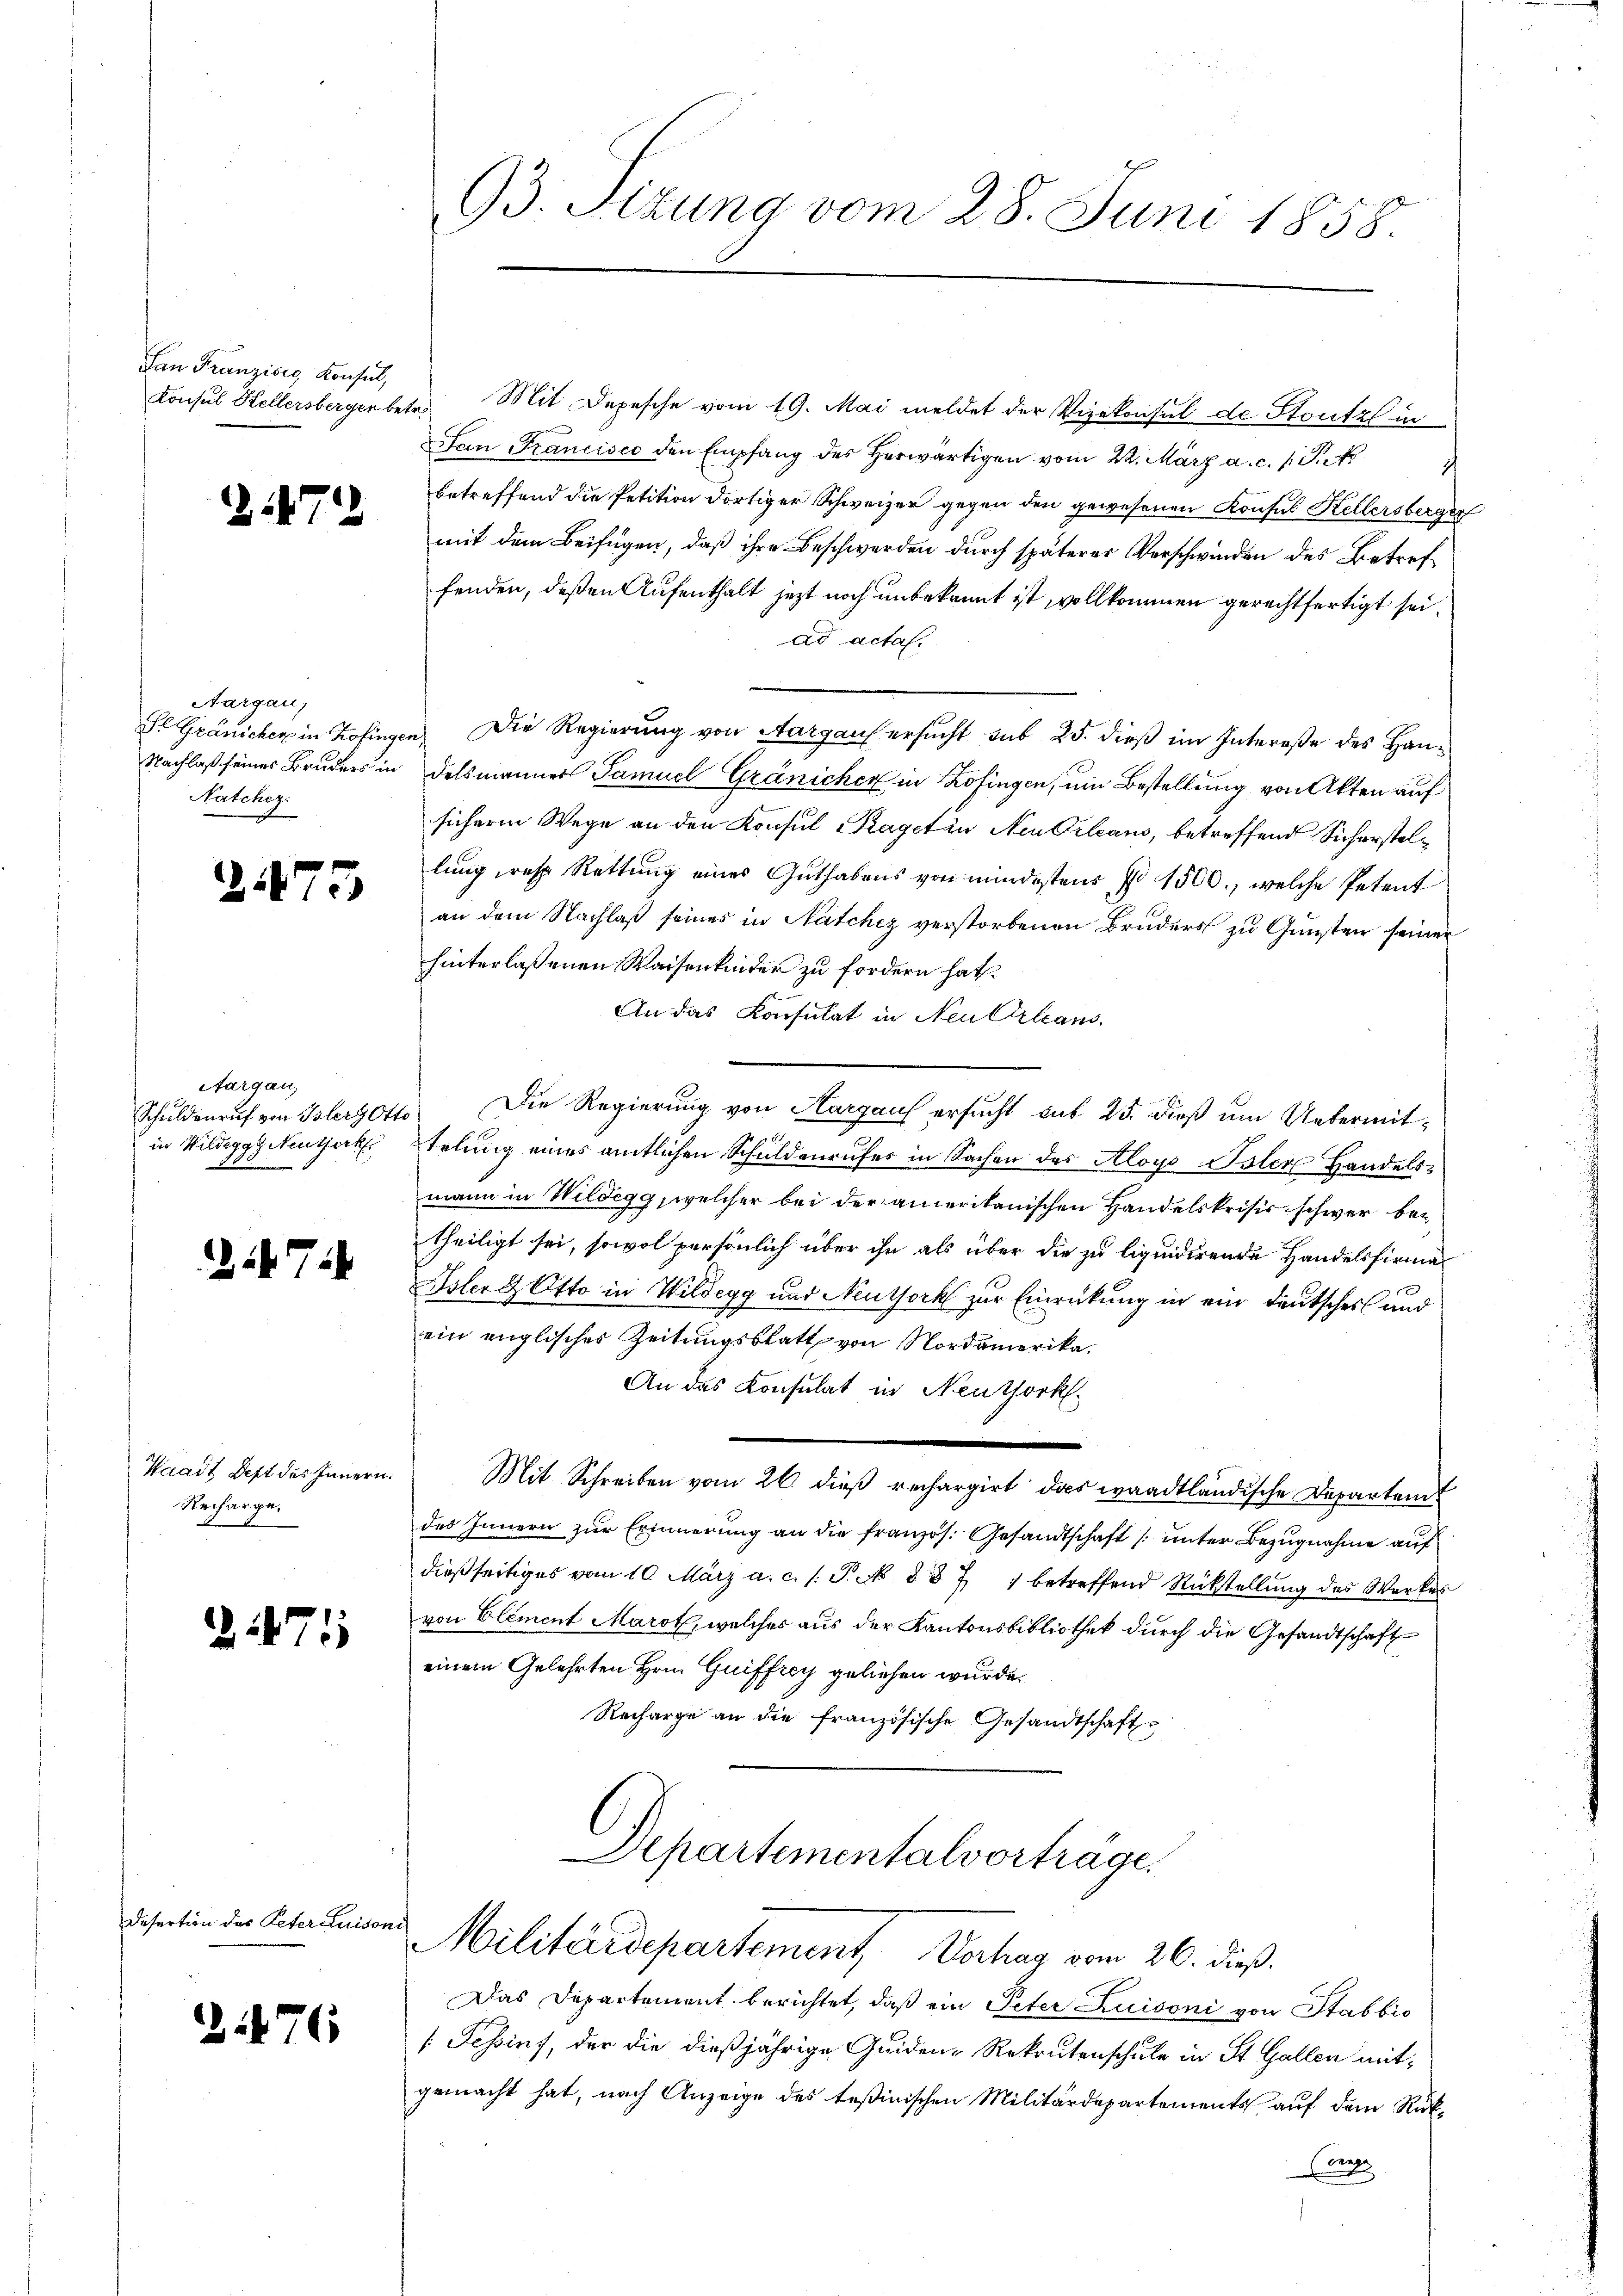
Fan Franzisig Konsul,

Z 47

Aargau,
Natchez

2175

Sargau,
Schuldenruf von Islers Otto
in Wildeggs Nutzerk

1714

Waadt Dept des Innern.
Recharge.

1471

Desertion des Peter Luisoni

21476

Konsul Hellersberger betr. Mit Depesche vom 19. Mai meldet der Vizekonsul de Stontzl in
San Francisco den Empfang des herwärtigen vom 22. März a. c. 1 Pet
betreffend die Petition dortiger Schweizer gegen den gewesenen Konsul Kellersberger
mit dem Beifügen, daß ihre Beschwerden durch späterer Verschwinden des Betref
fenden, deßen Aufenthalt jetzt noch unbekannt ist, vollkommen gerechtfertigt sei,
ad acta.
Il Gränicher in Zofingen. Die Regierung von Aargaus ersucht sub 25. dieß im Intereße des Han¬
Nachlaß seines Bruders in delsmanner Samuel Gränicher in Zofingen, um Bestellung von Akten auf
sicheren Wege an den Konsul Kagetan Neu Orleans, betreffend Sicherstellung rese Rettung eines Guthabens von mindestens No 1500., welche Petent
an dem Nachlaß seines in Natchez verstorbenen Bruders zu Gunsten seiner
hinterlassenen Waisenkinder zu fordern hat.
An das Konsulat in Neukirleans
Die Regierung von Aargaus ersucht sub 25. dieß um Uebermittelung eines amtlichen Schuldenrufes in Sachen des Aloys Isler Handelsmann in Wildegg, welcher bei der amerikanischen Handelskrisis schwer betheiligt sei, sowol persönlich über ihn als über die zu liquidirende Handelsfirma¬
Isler & Otto in Wildegg und Neuthork zur Einrückung in ein Deutsches und
ein englischer Zeitungsblatt von Nordamerika.
An das Konsulat in Neuthork
Mit Schreiben vom 26. dieß rechargirt das waadtländische Departem
des Innern zur Erinnerung an die französ. Gesandtschaft (unter Bezugnahme auf
dießseitiges vom 10. März a. c. s. S. No 837 1 betreffend Rückstellŭng des Werkes
von Element Marot, welches aus der Kantonsbibliothek durch die Gesandtschaft
einem Gelehrten Hrn. Guiffrey geliehen wurde.
Recharge an die französische Gesandtschaft

93. Sizung vom 28. Juni 1858.

Departementalvorträge
Militärdepartement, Verhag vom 26. dieß.

Das Departement berichtet, daß ein Peter Luisoni von Stab bis
[Schinz, der die dießjährige Quiden-Rekrutenschule in St. Gallen mit
gemacht hat, nach Anzeige des Teßinischen Militärdepartements auf dem Rück¬
Con